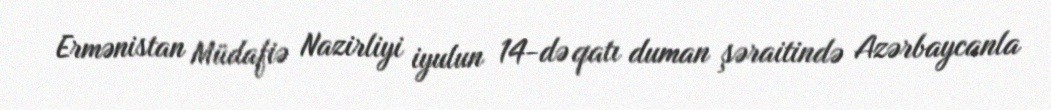
Ermənistan Müdafiə Nazirliyi iyulun 14-də qatı duman şəraitində Azərbaycanla